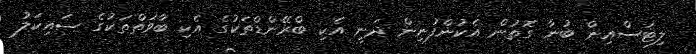
ލިޓަސްއިން ބުނާ ގޮތުން އެކުންފުނިން ދަނީ އެކި ބްރޭންޑްތަކުގެ އެކި ބާވަތްތަކުގެ ސައިކަލު